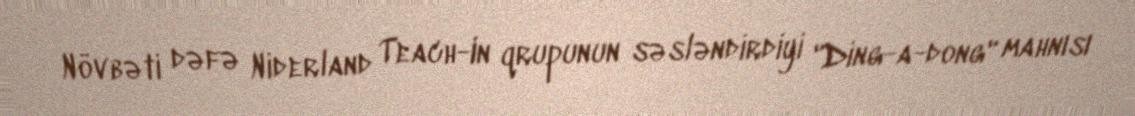
Növbəti dəfə Niderland Teach-In qrupunun səsləndirdiyi "Ding-a-dong" mahnısı